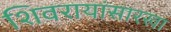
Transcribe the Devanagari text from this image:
शिवरायांसारखा